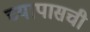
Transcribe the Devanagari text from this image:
च्यापासची